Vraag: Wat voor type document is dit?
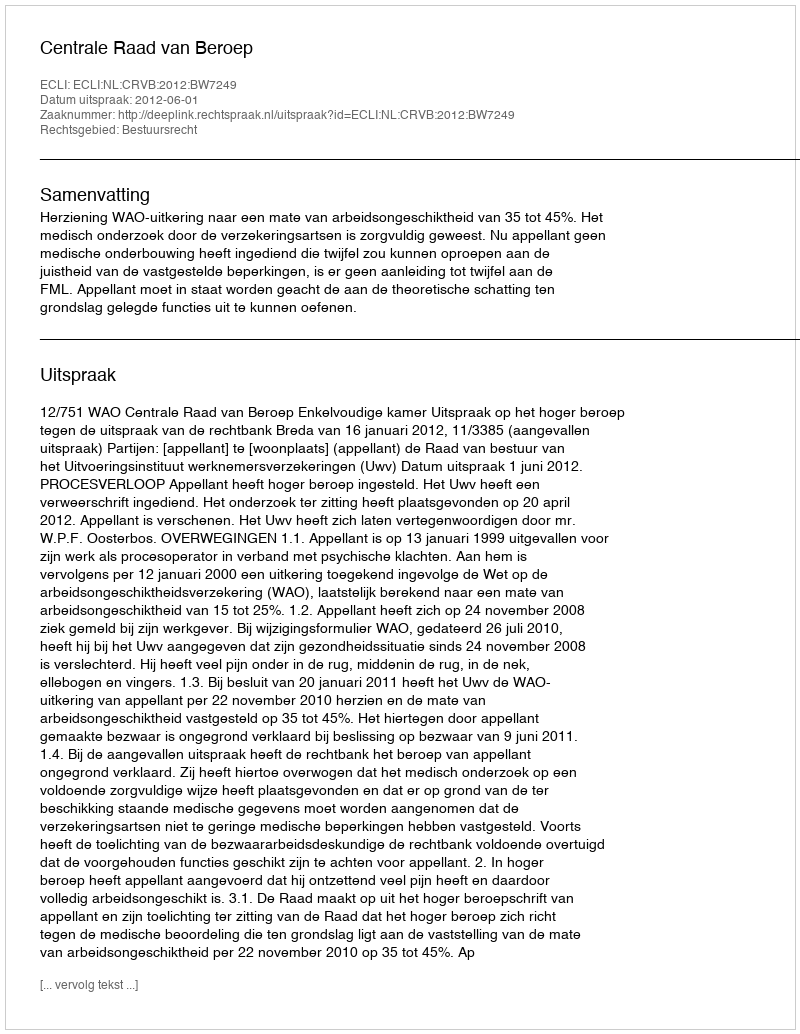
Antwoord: Uitspraak